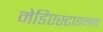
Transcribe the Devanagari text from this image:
मेडिएस्टाइनम